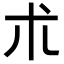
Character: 朮